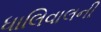
ધાલિવાલની